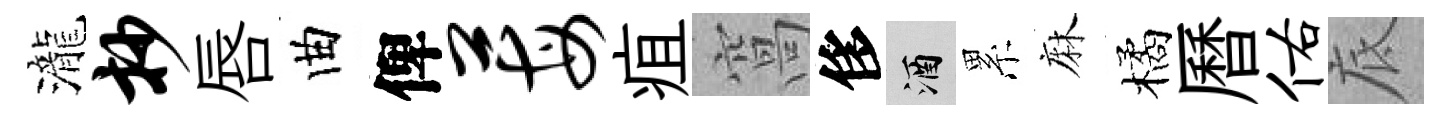
瀧抄唇曲俾莓疽窩侈酒累麻橘曆佑底